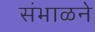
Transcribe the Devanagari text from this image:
संभाळने